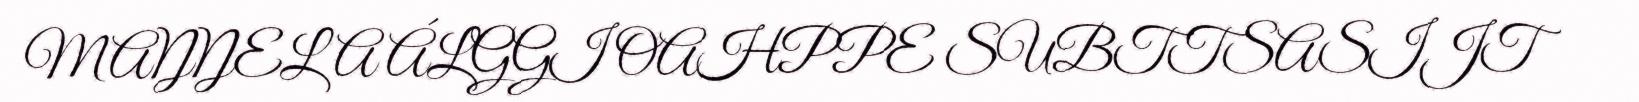
MAŊŊELA ÁLGGI OAHPPE SUBTTSASIJT